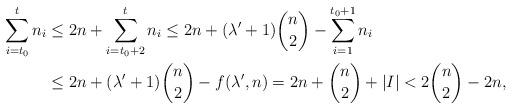
LaTeX: \begin{align*}\sum_{i=t_0}^{t} n_i &\leq 2n+ \sum_{i=t_0+2}^{t} n_i\leq 2n+(\lambda'+1)\binom{n}{2}- \sum_{i=1}^{t_0+1} n_i \\ &\leq 2n+(\lambda'+1)\binom{n}{2}-f(\lambda',n)= 2n+\binom{n}{2}+|I|<2\binom{n}{2}-2n,\end{align*}